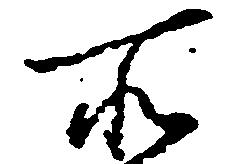
所